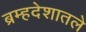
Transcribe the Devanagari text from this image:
ब्रम्हदेशातले